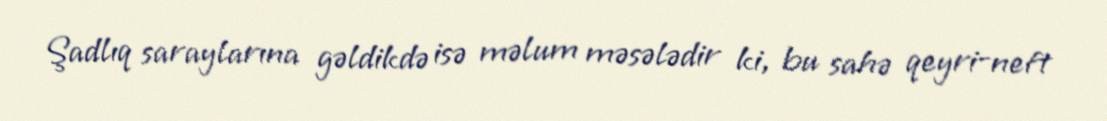
Şadlıq saraylarına gəldikdə isə məlum məsələdir ki, bu sahə qeyri-neft